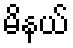
မိနယ်